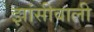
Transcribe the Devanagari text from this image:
झांसीवाली